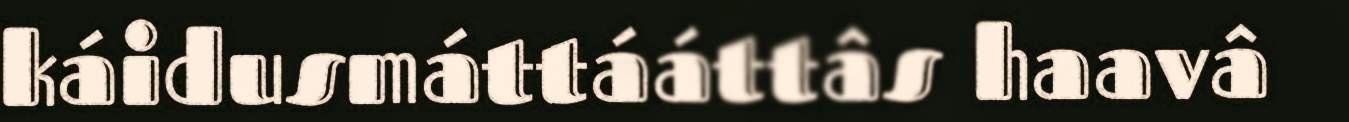
káidusmáttááttâs haavâ